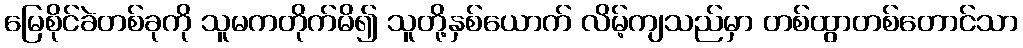
မြေစိုင်ခဲတစ်ခုကို သူမကတိုက်မိ၍ သူတို့နှစ်ယောက် လိမ့်ကျသည်မှာ တစ်ထွာတစ်တောင်သာ